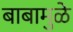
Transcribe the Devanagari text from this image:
बाबामुळे